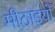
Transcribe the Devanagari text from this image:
मीठाइयों